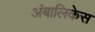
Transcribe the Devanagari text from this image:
अंबालिकेस